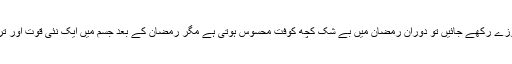
…مَیں نے خود دیکھاہے کہ صحت کی حالت میں جب روزے رکھے جائیں تو دوران رمضان میں بے شک کچھ کوفت محسوس ہوتی ہے مگر رمضان کے بعد جسم میں ایک نئی قوت اور تروتازگی پیدا ہو جاتی ہے اور اس کا احساس ہونے لگتاہے۔